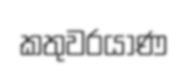
කතුවරයාණ